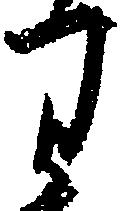
り